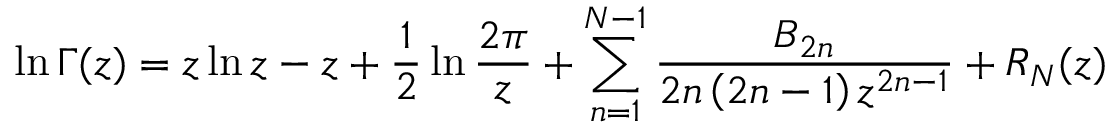
\ln \Gamma ( z ) = z \ln z - z + { \frac { 1 } { 2 } } \ln { \frac { 2 \pi } { z } } + \sum _ { n = 1 } ^ { N - 1 } { \frac { B _ { 2 n } } { 2 n \left( { 2 n - 1 } \right) z ^ { 2 n - 1 } } } + R _ { N } ( z )